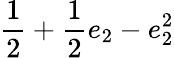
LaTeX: \displaystyle\frac{1}{2}+\frac{1}{2}e_{2}-e_{2}^{2}